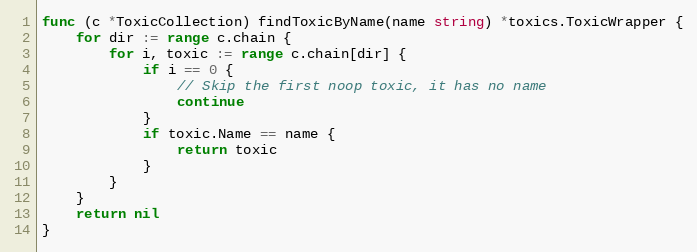
Language: Go
func (c *ToxicCollection) findToxicByName(name string) *toxics.ToxicWrapper {
	for dir := range c.chain {
		for i, toxic := range c.chain[dir] {
			if i == 0 {
				// Skip the first noop toxic, it has no name
				continue
			}
			if toxic.Name == name {
				return toxic
			}
		}
	}
	return nil
}